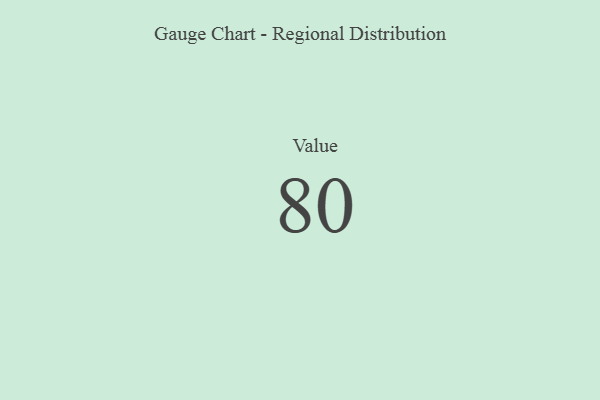
{"axis": {"x": "Metric", "y": "Value"}, "legend": [""], "data": [{"x": "Value", "y": 80, "type": ""}]}